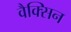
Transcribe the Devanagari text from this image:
वैक्सिन